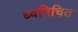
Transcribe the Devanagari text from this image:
ध्वनिचित